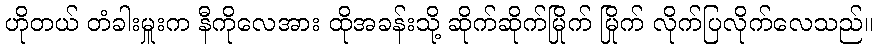
ဟိုတယ် တံခါးမှူးက နီကိုလေအား ထိုအခန်းသို့ ဆိုက်ဆိုက်မြိုက် မြိုက် လိုက်ပြလိုက်လေသည်။